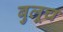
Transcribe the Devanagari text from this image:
बुलूच